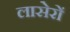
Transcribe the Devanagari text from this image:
लासेरों